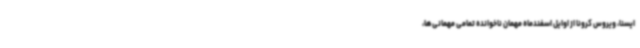
ایسنا، ویروس کرونا از اوایل اسفندماه مهمان ناخوانده تمامی مهمانی‌ها،